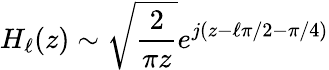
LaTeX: H_{\ell}(z)\sim\sqrt{\frac{2}{\pi z}}e^{j(z-\ell\pi/2-\pi/4)}